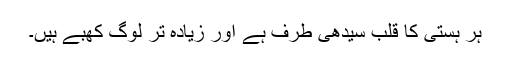
ہر ہستی کا قلب سیدھی طرف ہے اور زیادہ تر لوگ کھبے ہیں۔